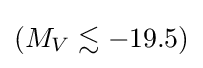
(M_{V}\lesssim -19.5)